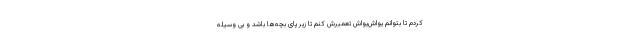
کردم تا بتوانم یواش‌یواش تعمیرش کنم تا زیر پای بچه‌ها باشد و بی وسیله